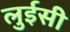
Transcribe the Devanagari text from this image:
लुईसी